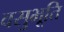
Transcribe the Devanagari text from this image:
वसुभूति